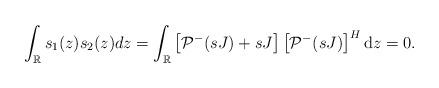
LaTeX: \begin{align*}\begin{aligned}\int_{\mathbb{R}} s_1(z) s_2(z) dz =\int_{\mathbb{R}}\left[\mathcal{P}^{-}(s J)+s J\right]\left[\mathcal{P}^{-}(sJ)\right]^{H} \mathrm{d}z=0.\end{aligned}\end{align*}